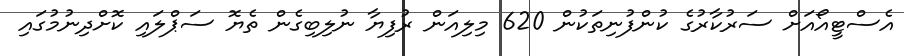
އެސްޓީއޯއަށް ސަރުކާރުގެ ކުންފުނިތަކުން 620 މިލިއަން ރުފިޔާ ނުލިބިގެން ތެޔޮ ސަޕްލައި ކޮށްދިނުމުގައި